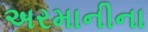
અરમાનીના